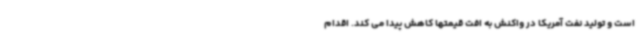
است و تولید نفت آمریکا در واکنش به افت قیمتها کاهش پیدا می کند. اقدام